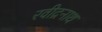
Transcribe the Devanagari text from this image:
रवीद्रनाथ